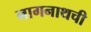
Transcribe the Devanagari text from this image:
नागनाथची